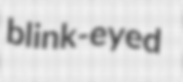
blink-eyed